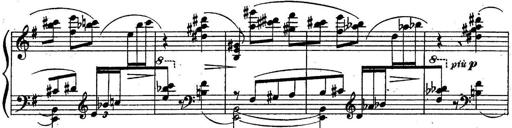
Title: Sonatine
Composer: Adrian Shaposhnikov
Key: E minor